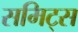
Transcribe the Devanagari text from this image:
समिट्स